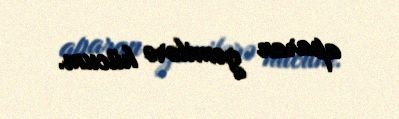
aparan gəmilərə hücum.